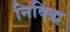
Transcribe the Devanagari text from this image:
निविद्ध